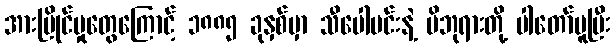
အားပြိုင်မှုတွေကြောင့် ၁၈၈၅ ခုနှစ်မှာ သီပေါမင်းနဲ့ မိဘုရားတို့ ပါတော်မူပြီး